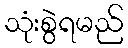
သုံးစွဲရမည်